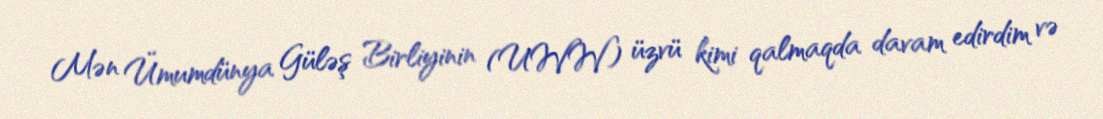
Mən Ümumdünya Güləş Birliyinin (UWW) üzvü kimi qalmaqda davam edirdim və